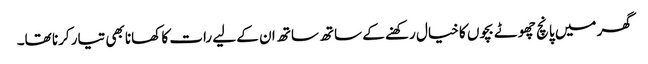
گھر میں پانچ چھوٹے بچوں کا خیال رکھنے کے ساتھ ساتھ ان کے لیے رات کا کھانا بھی تیار کرنا تھا۔